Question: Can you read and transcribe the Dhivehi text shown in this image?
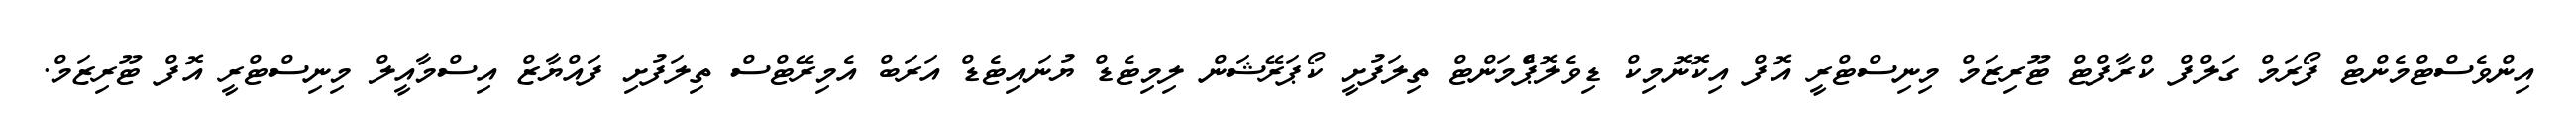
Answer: އިންވެސްޓްމެންޓް ފޯރަމް ގަލްފް ކްރާފްޓް ޓޫރިޒަމް މިނިސްޓްރީ އޮފް އިކޮނޮމިކް ޑިވެލޮޕްެމަންޓް ތިލަފުށީ ކޯޕަރޭޝަން ލިމިޓެޑް ޔުނައިޓެޑް އަރަބް އެމިރޭޓްސް ތިލަފުށި ފައްޔާޒް އިސްމާއީލް މިނިސްޓްރީ އޮފް ޓޫރިޒަމް.